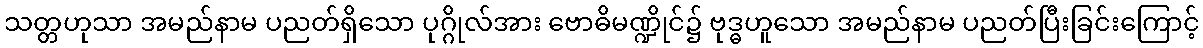
သတ္တဟုသာ အမည်နာမ ပညတ်ရှိသော ပုဂ္ဂိုလ်အား ဗောဓိမဏ္ဍိုင်၌ ဗုဒ္ဓဟူသော အမည်နာမ ပညတ်ပြီးခြင်းကြောင့်